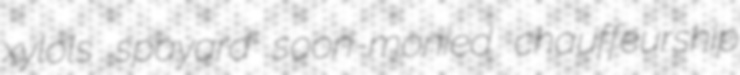
xylols spayard soon-monied chauffeurship